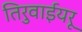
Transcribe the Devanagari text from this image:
तिरुवाईयरू